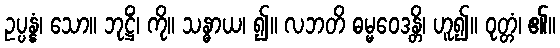
ဥပ္ပန္နံ၊ သော။ ဘုဋ္ဌိံ၊ ကို။ သန္ဓာယ၊ ၍။ လဘတိ ဓမ္မဝေဒန္တိ၊ ဟူ၍။ ဝုတ္တံ၊ ၏။